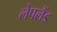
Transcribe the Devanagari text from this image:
लेपलैंड